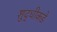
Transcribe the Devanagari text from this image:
शुद्धीकडे